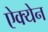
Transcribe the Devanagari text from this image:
ऐक्येन